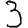
Digit: 3